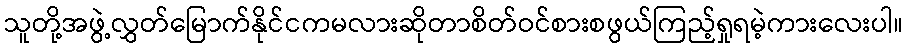
သူတို့အဖွဲ့လွှတ်မြောက်နိုင်ငကမလားဆိုတာစိတ်ဝင်စားစဖွယ်ကြည့်ရှုရမဲ့ကားလေးပါ။